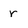
Character: r